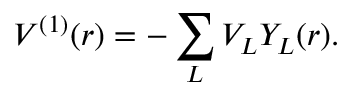
V ^ { ( 1 ) } ( r ) = - \sum _ { L } V _ { L } Y _ { L } ( r ) .